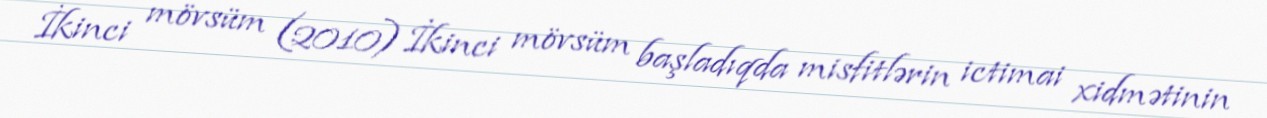
İkinci mövsüm (2010) İkinci mövsüm başladıqda misfitlərin ictimai xidmətinin